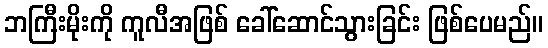
ဘကြီးမိုးကို ကူလီအဖြစ် ခေါ်ဆောင်သွားခြင်း ဖြစ်ပေမည်။